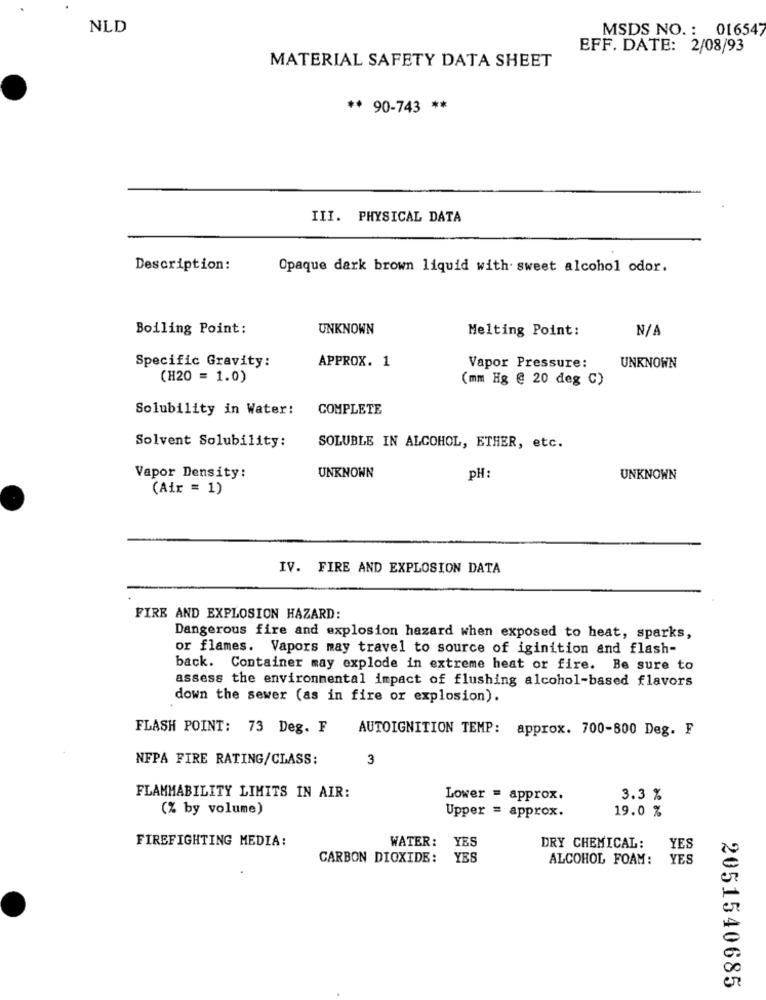
NLD
MSDS NO. : 016547
EFF. DATE: 2/08/93
MATERIAL SAFETY DATA SHEET
** 90-743 **
III. PHYSICAL DATA
Description:
Opaque dark brown liquid with sweet alcohol odor.
Boiling Point:
UNKNOWN
Melting Point:
APPROX. 1
Specific Gravity:
Vapor Pressure:
UNKNOWN
(H20 = 1.0)
(mm Hg @ 20 deg C)
Solubility in Water:
COMPLETE
Solvent Solubility:
SOLUBLE IN ALCOHOL, ETHER, etc.
Vapor Density:
UNKNOWN
pH:
UNKNOWN
(Air = 1)
IV. FIRE AND EXPLOSION DATA
FIRE AND EXPLOSION HAZARD:
Dangerous fire and explosion hazard when exposed to heat, sparks,
or flames. Vapors may travel to source of iginition and flash-
back. Container may explode in extreme heat or fire. Be sure to
assess the environmental impact of flushing alcohol-based flavors
down the sewer (as in fire or explosion).
FLASH POINT: 73 Deg. F
AUTOIGNITION TEMP: approx. 700-800 Deg. F
NFPA FIRE RATING/CLASS:
3
FLAMMABILITY LIMITS IN AIR:
Lower = approx.
3.3 %
(% by volume)
Upper = approx.
19.0 %
FIREFIGHTING MEDIA:
WATER: YES
DRY CHEMICAL: YES
CARBON DIOXIDE:
YES
ALCOHOL FOAM: YES
2051540685